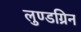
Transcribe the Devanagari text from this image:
लुण्डग्रिन